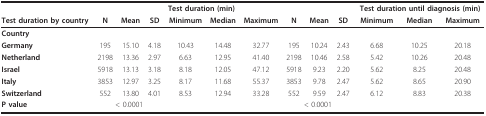
<table><thead><tr><td></td><td></td><td></td><td></td><td colspan="3"><b>Test duration (min)</b></td><td></td><td></td><td></td><td colspan="3"><b>Test duration until diagnosis (min)</b></td></tr><tr><td><b>Test duration by country</b></td><td><b>N</b></td><td><b>Mean</b></td><td><b>SD</b></td><td><b>Minimum</b></td><td><b>Median</b></td><td><b>Maximum</b></td><td><b>N</b></td><td><b>Mean</b></td><td><b>SD</b></td><td><b>Minimum</b></td><td><b>Median</b></td><td><b>Maximum</b></td></tr></thead><tbody><tr><td><b>Country</b></td><td></td><td></td><td></td><td></td><td></td><td></td><td></td><td></td><td></td><td></td><td></td><td></td></tr><tr><td><b>Germany</b></td><td>195</td><td>15.10</td><td>4.18</td><td>10.43</td><td>14.48</td><td>32.77</td><td>195</td><td>10.24</td><td>2.43</td><td>6.68</td><td>10.25</td><td>20.18</td></tr><tr><td><b>Netherland</b></td><td>2198</td><td>13.36</td><td>2.97</td><td>6.63</td><td>12.95</td><td>41.40</td><td>2198</td><td>10.46</td><td>2.58</td><td>5.42</td><td>10.26</td><td>20.48</td></tr><tr><td><b>Israel</b></td><td>5918</td><td>13.13</td><td>3.18</td><td>8.18</td><td>12.05</td><td>47.12</td><td>5918</td><td>9.23</td><td>2.20</td><td>5.62</td><td>8.25</td><td>20.48</td></tr><tr><td><b>Italy</b></td><td>3853</td><td>12.97</td><td>3.25</td><td>8.17</td><td>11.68</td><td>55.37</td><td>3853</td><td>9.78</td><td>2.47</td><td>5.62</td><td>8.65</td><td>20.90</td></tr><tr><td><b>Switzerland</b></td><td>552</td><td>13.80</td><td>4.01</td><td>8.53</td><td>12.94</td><td>33.28</td><td>552</td><td>9.59</td><td>2.47</td><td>6.12</td><td>8.83</td><td>20.38</td></tr><tr><td><b>P value</b></td><td colspan="3">&lt; 0.0001</td><td></td><td></td><td></td><td colspan="3">&lt; 0.0001</td><td></td><td></td><td></td></tr></tbody></table>